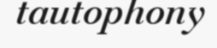
tautophony